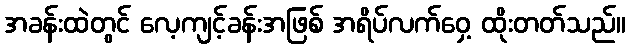
အခန်းထဲတွင် လေ့ကျင့်ခန်းအဖြစ် အရိပ်လက်ဝှေ့ ထိုးတတ်သည်။